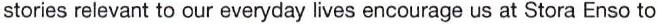
stories relevant to our everyday lives encourage us at Stora Enso to